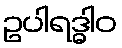
ဥပါရဒ္ဓါဝ